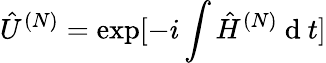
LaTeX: \hat{U}^{(N)}=\exp[-i\int\hat{H}^{(N)}\mathrm{~d~}t]